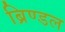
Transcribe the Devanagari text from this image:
ब्रिण्डल